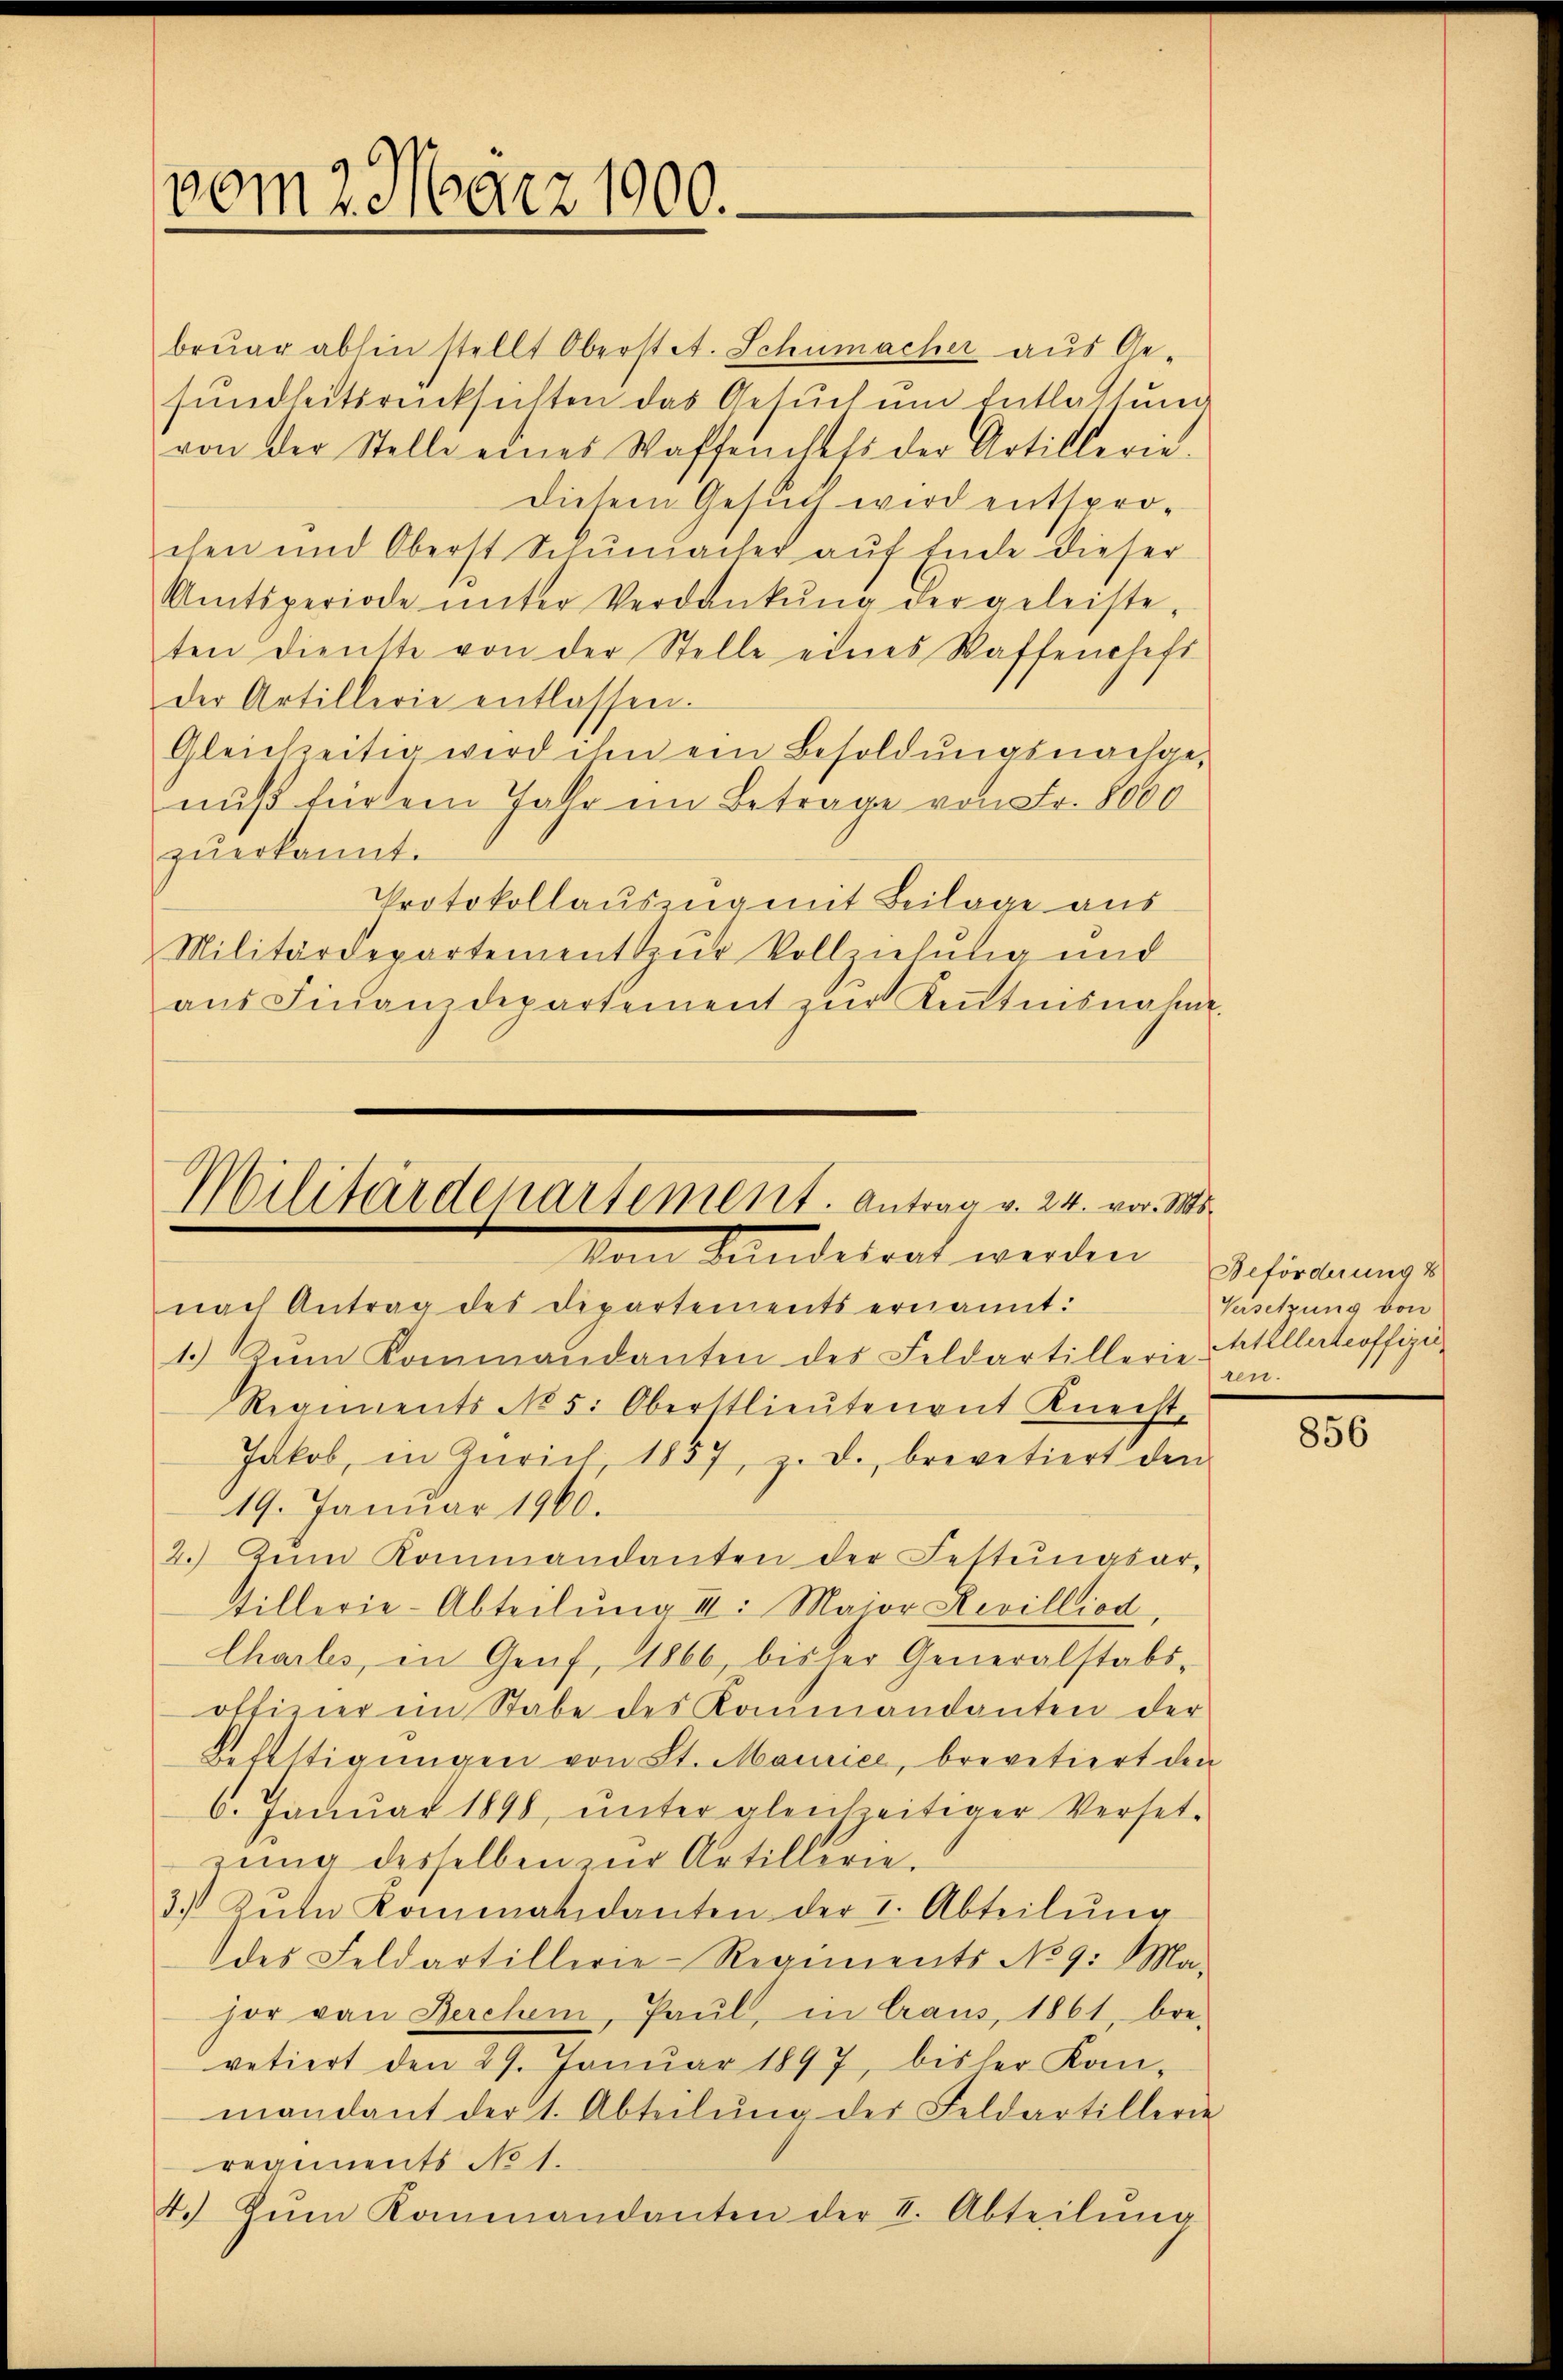
vom 2. März 1900.

bruar abhin stellt Oberstet. Schumacher aus Ge-
sundheitsrücksichten das Gesuch um Entlastung
von der Stelle eines Waffenchefs der Artillerie.
Diesem Gesuch wird entsprochen und Oberst Schumacher aŭf Ende dieser
Amtsperiode ŭnter Verdankŭng der geleiste-
ten Dienste von der Stelle eines Waffenheft
der Artillerie entlassen.
Gleichzeitig wird ihm ein Besoldŭngsnachge-
nuß für dem Jahr im Betrage von Fr. 8000
zŭerkannt.
Protokollauszug mit Beilage aus
Militärdepartement zur Vollziehung und
aus Finanzdepartement zur Kenntnisnahme

Militärdepartement. Antrag v. 24. vor. Mts.
Vom Bandesrat werden

nach Antrag des Departements ernannt:
1.) Zum Kommandanten des Feldartillerie Stellertroffizi
Regiments No 5. Oberstlieutenant Knecht-
Jakob, in Zürich 1857, z. d. brevetiert den
19. Januar 1960.
2.) Zum Kommandanten der Festungsar-
Stillerie-Abteilŭng III. Major Levilliod,
Chails, in Genf, 1866, bis der Generalstabs-
offizier im Stabe des Kommandanten der
Kelstigungen von St. Maurice, brevetiert den
6. Januar 1898, ŭnter gleichzeitiger Verset-
zung desselben zur Artillerie¬
3.) Zum Kommandanten der I. Abteilŭng
des Feldartillerie-Regiments No 9. Ma-
hor von Berchen, Paul, in Craus, 1861, bre-
vetiert den 29. Janŭar 1897 bisher Kon-
mandant der 1. Abteilŭng der Feldartillerie
regiments No 1.
4. zŭm Kommandanten der II. Abteilŭng

Beförderung 8
Versetzung von
ren.

856